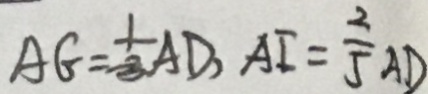
A G = \frac { 1 } { 3 } A D , A E = \frac { 2 } { 5 } A D